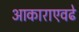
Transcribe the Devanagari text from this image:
आकाराएवढे